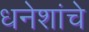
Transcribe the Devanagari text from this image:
धनेशांचे